Medical and sanitary report of the native army of Madras for the year
Year: 1872
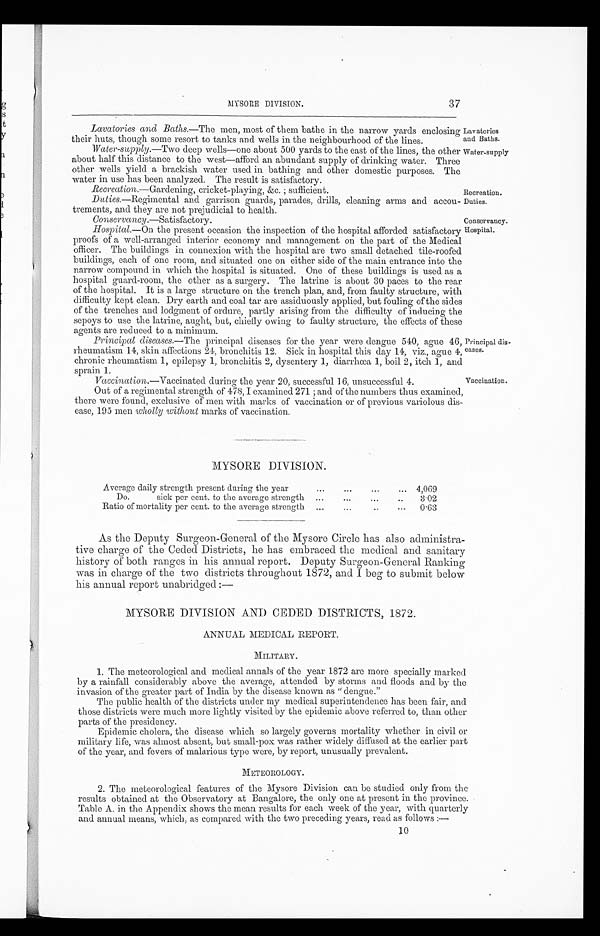
37
MYSORE DIVISION.
Lavatories and Baths.—The men, most of them bathe in the narrow yards enclosing
their huts, though some resort to tanks and wells in the neighbourhood of the lines.
Water-supply .—Two deep wells—one about 500 yards to the east of the lines, the other
about half this distance to the west—afford an abundant supply of drinking water. Three
other wells yield a brackish water used in bathing and other domestic purposes. The
water in use has been analyzed. The result is satisfactory.
Recreation .—Gardening, cricket-playing, &c. ; sufficient.
Duties.—Regimental and garrison guards, parades, drills, cleaning arms and accou-
trements, and they are not prejudicial to health.
Conservancy .—Satisfactory.
Hospital .—On the present occasion the inspection of the hospital afforded satisfactory
proofs of a well-arranged interior economy and management on the part of the Medical
officer. The buildings in connexion with the hospital are two small detached tile-roofed
buildings, each of one room, and situated one on either side of the main entrance into the
narrow compound in which the hospital is situated. One of these buildings is used as a
hospital guard-room, the other as a surgery. The latrine is about 30 paces to the rear
of the hospital. It is a large structure on the trench plan, and, from faulty structure, with
difficulty kept clean. Dry earth and coal tar are assiduously applied, but fouling of the sides
of the trenches and lodgment of ordure, partly arising from the difficulty of inducing the
sepoys to use the latrine, aught, but, chiefly owing to faulty structure, the effects of these
agents are reduced to a minimum.
Principal diseases .—The principal diseases for the year were dengue 540, ague 46,
rheumatism 14, skin affections 24, bronchitis 12. Sick in hospital this day 14, viz., ague 4,
chronic rheumatism 1, epilepsy 1, bronchitis 2, dysentery 1, diarrhoea 1, boil 2, itch 1, and
sprain 1.
Vaccination .—Vaccinated during the year 20, successful 16, unsuccessful 4.
Out of a regimental strength of 478, I examined 271 ; and of the numbers thus examined,
there were found, exclusive of men with marks of vaccination or of previous variolous dis-
ease, 195 men wholly without marks of vaccination.
Recreation.
Duties.
Conservancy.
hospital.
Principal dis-
eases.
Vaccination.
Lavatories
and Baths.
Water-supply
MYSORE DIVISION.
Average daily strength present during the year
......
...
.... .
4,069
Do.
sick per cent. to the average strength... ...
. .
...
3 . 0 2
Ratio of mortality per cent. to the average strength
... ... ...
..
0.63
As the Deputy Surgeon-General of the Mysore Circle has also administra-
tive charge of the Ceded Districts, he has embraced the medical and sanitary
history of both ranges in his annual report. Deputy Surgeon-General Ranking
was in charge of the two districts throughout 1872, and I beg to submit below
his annual report unabridged :—
MYSORE DIVISION AND CEDED DISTRICTS, 1872.
ANNUAL MEDICAL REPORT.
MILITARY.
1. The meteorological and medical annals of the year 1872 are more specially marked
by a rainfall considerably above the average, attended by storms and floods and by the
invasion of the greater part of India by the disease known as " dengue."
The public health of the districts under my medical superintendence has been fair, and
those districts were much more lightly visited by the epidemic above referred to, than other
parts of the presidency.
Epidemic cholera, the disease which so largely governs mortality whether in civil or
military life, was almost absent, but small-pox was rather widely diffused at the earlier part
of the year, and fevers of malarious type were, by report, unusually prevalent.
METEOROLOGY.
2. The meteorological features of the Mysore Division can be studied only from the
results obtained at the Observatory at Bangalore, the only one at present in the province.
Table A. in the Appendix shows the mean results for each week of the year, with quarterly
and annual means, which, as compared with the two preceding years, read as follows :
—
10